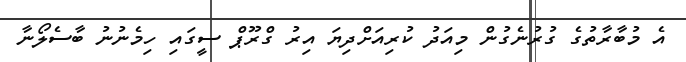
އެ މުބާރާތުގެ ގުރުނެގުން މިއަދު ކުރިއަށްދިޔަ އިރު ގްރޫޕް ސީގައި ހިމެނުނު ބާސެލޯނާ